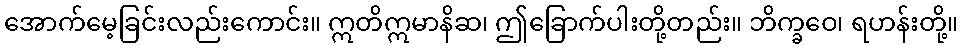
အောက်မေ့ခြင်းလည်းကောင်း။ ဣတိဣမာနိဆ၊ ဤခြောက်ပါးတို့တည်း။ ဘိက္ခဝေ၊ ရဟန်းတို့။